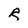
Character: R